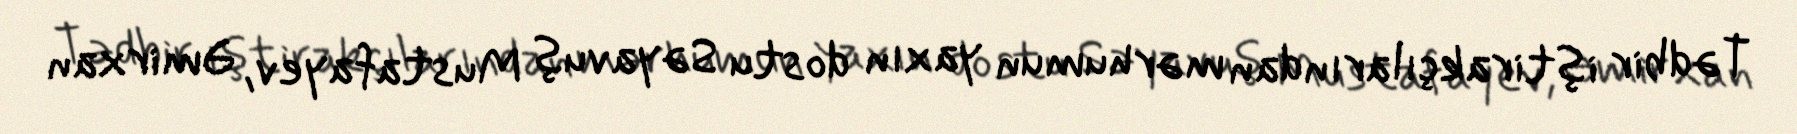
Tədbir iştirakçılarından mərhumun yaxın dostu Səyavuş Mustafayev, Əmirxan